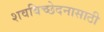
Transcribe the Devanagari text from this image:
शवविच्छेदनासाठी